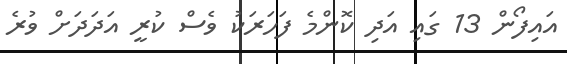
އައިފޯން 13 ގައި އަދި ކޮންމެ ފަހަރަކު ވެސް ކުރީ އަދަދަށް ވުރެ